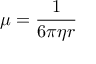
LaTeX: \mu = { \frac { 1 } { 6 \pi \eta r } }